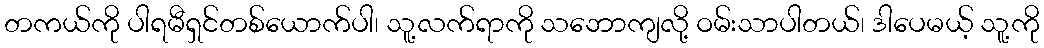
တကယ်ကို ပါရမီရှင်တစ်ယောက်ပါ၊ သူ့လက်ရာကို သဘောကျလို့ ဝမ်းသာပါတယ်၊ ဒါပေမယ့် သူ့ကို